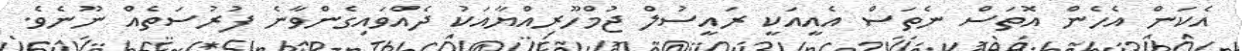
އެކަން އެހެން އޮތަސް ނެތަސް އެއީއަކީ ރައީސުލް ޖުމްހޫރިއްޔާއަކު ދެއްވައިގެންވާނެ ފުރުސަތެއް ނޫނެވެ.